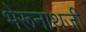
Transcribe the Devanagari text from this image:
भेरूनाथजी